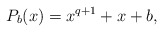
\begin{align*}P_b(x) = x^{q+1} + x + b,\end{align*}